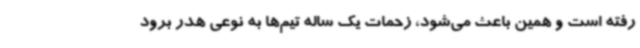
رفته است و همین باعث می‌شود، زحمات یک ساله تیم‌ها به نوعی هدر برود